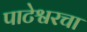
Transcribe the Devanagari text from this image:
पाटेश्वरचा